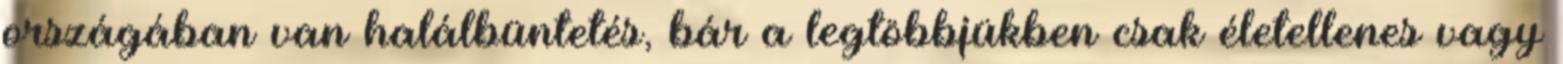
országában van halálbüntetés, bár a legtöbbjükben csak életellenes vagy